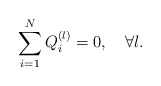
\begin{align*}\sum_{i=1}^N Q^{(l)}_i =0,\quad\forall l. \end{align*}